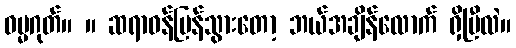
ဓမ္မဂုတ်။ ။ ဆရာဝန်ပြန်သွားတော့ ဘယ်အချိန်လောက် ရှိပြီလဲ။